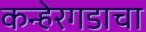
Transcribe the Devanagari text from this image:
कन्हेरगडाचा